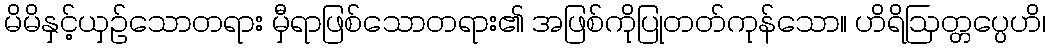
မိမိနှင့်ယှဉ်သောတရား မှီရာဖြစ်သောတရား၏ အဖြစ်ကိုပြုတတ်ကုန်သော။ ဟိရိဩတ္တပ္ပေဟိ၊